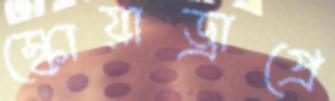
স্কোয়াড্রাপ্রে